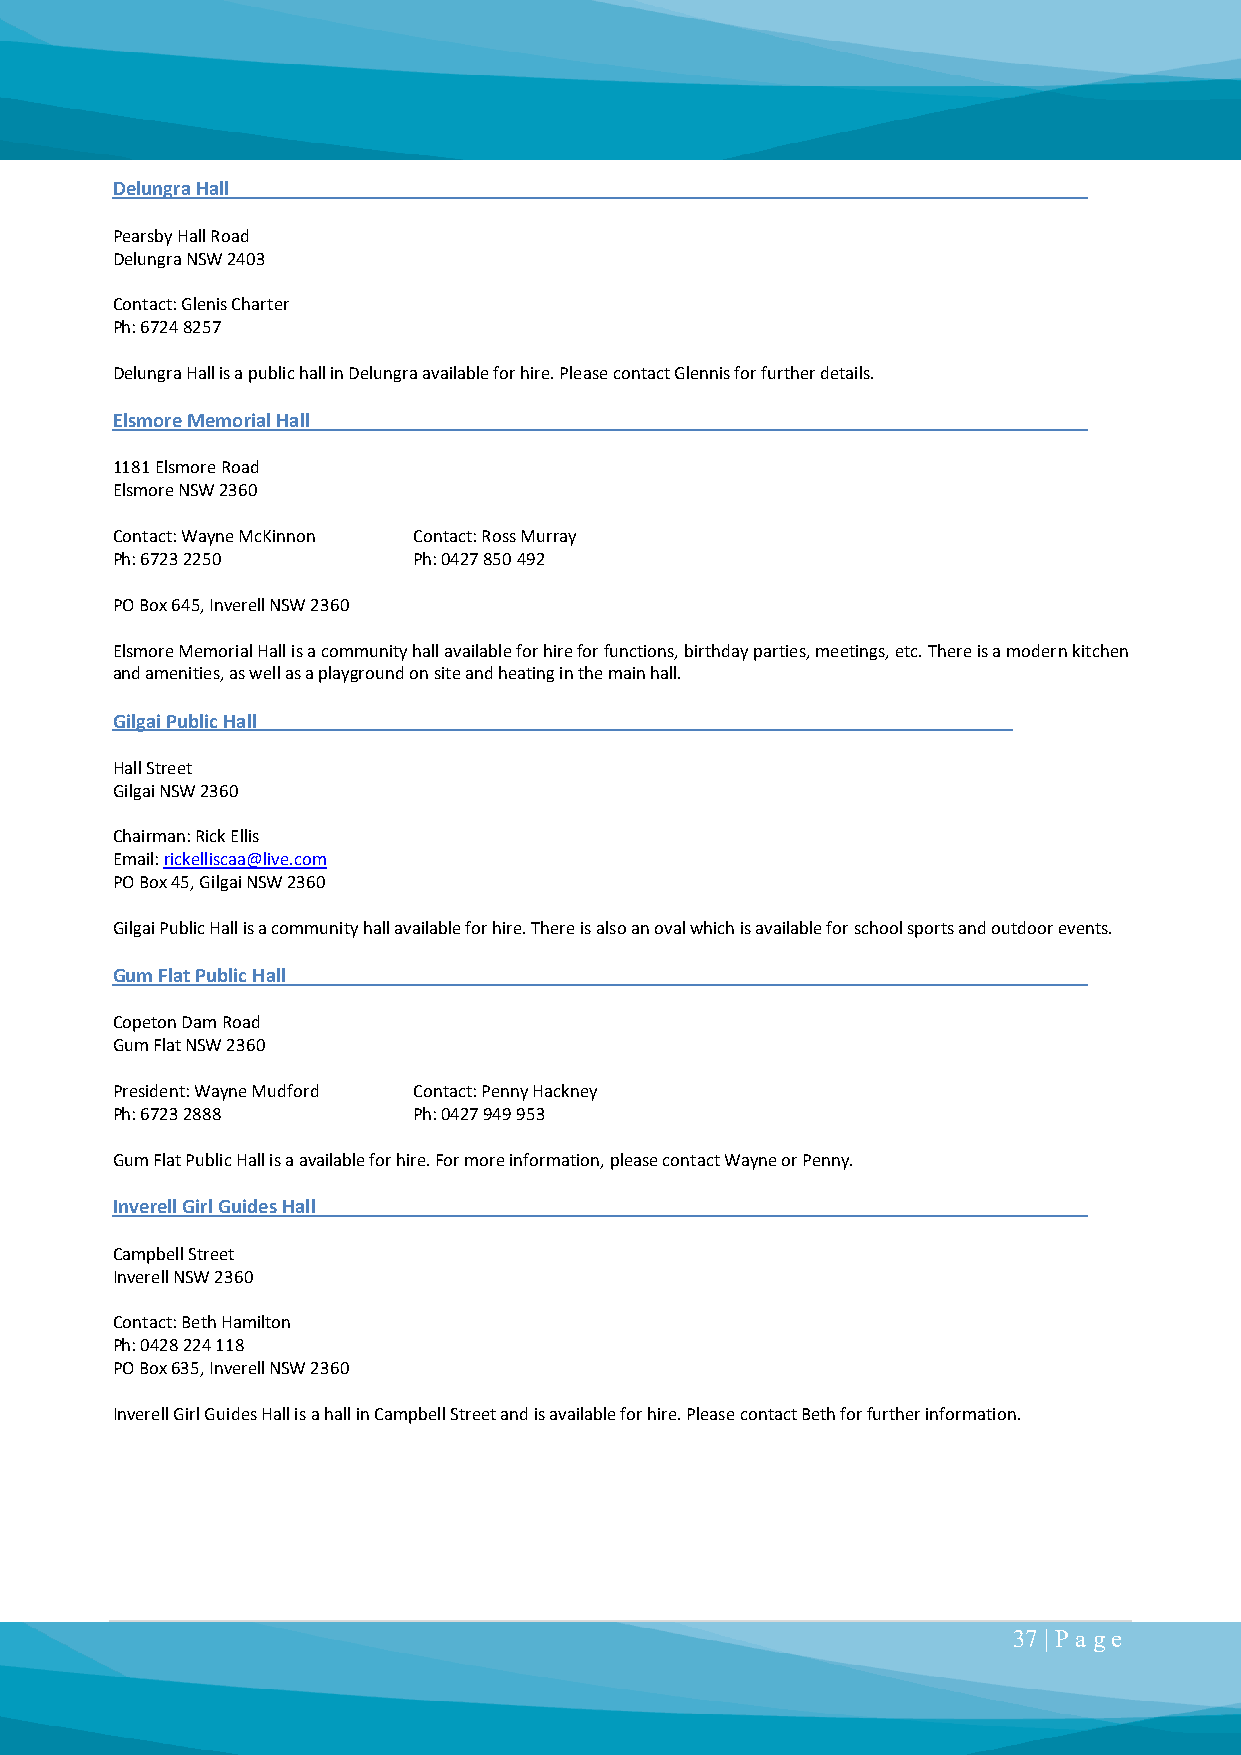
Delungra Hall
 Pearsby Hall Road
 Delungra NSW 2403
 Contact: Glenis Charter
 Ph: 6724 8257
 Delungra Hall is a public hall in Delungra available for hire. Please contact Glennis for further details.
 Elsmore Memorial Hall
 1181 Elsmore Road
 Elsmore NSW 2360
 Contact: Wayne McKinnon Contact: Ross Murray
 Ph: 6723 2250       Ph: 0427 850 492
 PO Box 645, Inverell NSW 2360
 Elsmore Memorial Hall is a community hall available for hire for functions, birthday parties, meetings, etc. There is a modern kitchen
 and amenities, as well as a playground on site and heating in the main hall.
 Gilgai Public Hall
 Hall Street
 Gilgai NSW 2360
 Chairman: Rick Ellis
 Email: rickelliscaa@live.com
 PO Box 45, Gilgai NSW 2360
 Gilgai Public Hall is a community hall available for hire. There is also an oval which is available for school sports and outdoor events.
 Gum Flat Public Hall
 Copeton Dam Road
 Gum Flat NSW 2360
 President: Wayne Mudford Contact: Penny Hackney
 Ph: 6723 2888       Ph: 0427 949 953
 Gum Flat Public Hall is a available for hire. For more information, please contact Wayne or Penny.
 Inverell Girl Guides Hall
 Campbell Street
 Inverell NSW 2360
 Contact: Beth Hamilton
 Ph: 0428 224 118
 PO Box 635, Inverell NSW 2360
 Inverell Girl Guides Hall is a hall in Campbell Street and is available for hire. Please contact Beth for further information.
 37 | P a ge